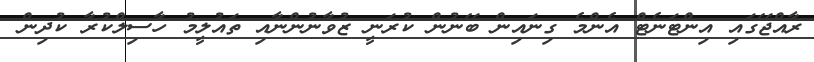
ރާއްޖޭގައި އިންޓަނެޓް އެންމެ ގިނައިން ބޭނުން ކުރަނީ ޒުވާނުންނާއި ތައުލީމު ހާސިލްކުރާ ކުދިން